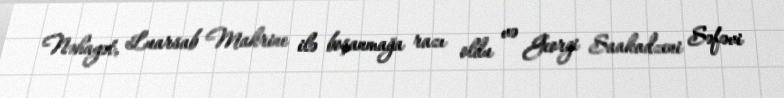
Nəhayət, Luarsab Makrine ilə boşanmağa razı oldu və Georgi Saakadzeni Səfəvi